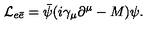
{ \cal L } _ { e \bar { e } } = \bar { \psi } ( i \gamma _ { \mu } \partial ^ { \mu } - M ) \psi .